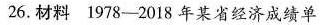
26.材料1978-2018年某省经济成绩单